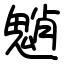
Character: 魈